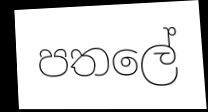
පතලේ